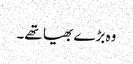
وہ بڑے بھیا تھے۔